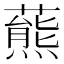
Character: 𧀛